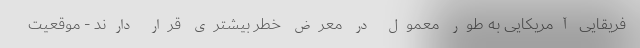
فریقایی آمریکایی به طور معمول در معرض خطر بیشتری قرار دارند - موقعیت